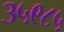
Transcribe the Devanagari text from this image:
३५९८५